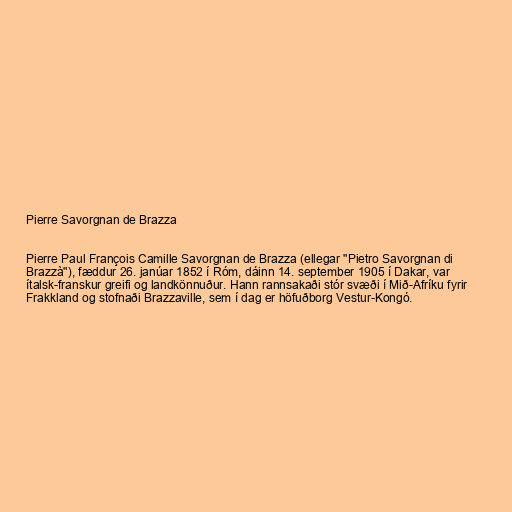
Pierre Savorgnan de Brazza

Pierre Paul François Camille Savorgnan de Brazza (ellegar "Pietro Savorgnan di
Brazzà"), fæddur 26. janúar 1852 í Róm, dáinn 14. september 1905 í Dakar, var
ítalsk-franskur greifi og landkönnuður. Hann rannsakaði stór svæði í Mið-Afríku fyrir
Frakkland og stofnaði Brazzaville, sem í dag er höfuðborg Vestur-Kongó.